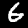
Label: 6